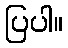
ပြပါ။